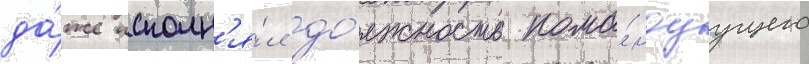
да́же исполн'я́л до́лжность кома́ндуущего